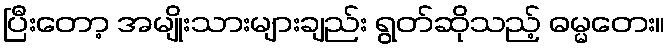
ပြီးတော့ အမျိုးသားများချည်း ရွတ်ဆိုသည့် ဓမ္မတေး။